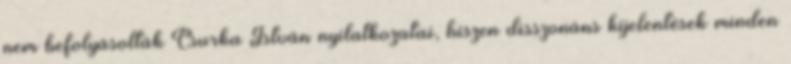
nem befolyásolták Csurka István nyilatkozatai, hiszen disszonáns kijelentések minden